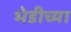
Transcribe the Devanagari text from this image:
भेडीच्या